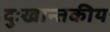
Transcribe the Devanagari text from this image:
दुःखान्तकीय